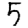
Digit: 5